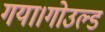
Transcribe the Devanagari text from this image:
गया।गोउल्‍ड